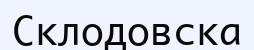
Склодовска